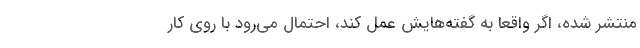
منتشر شده، اگر واقعا به گفته‌هایش عمل کند، احتمال می‌رود با روی کار